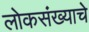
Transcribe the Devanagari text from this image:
लोकसंख्याचे